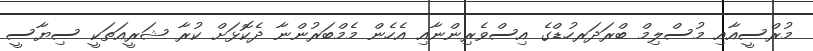
މުރްސީއާއި މުސްލިމް ބްރަދަރހުޑްގެ އިސްވެރިންނާއި އެހެން މެމްބަރުންނާ ދެކޮޅަށް ކުރާ ޝަރީއަތަކީ ސިޔާސީ